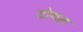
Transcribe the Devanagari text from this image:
टोगल